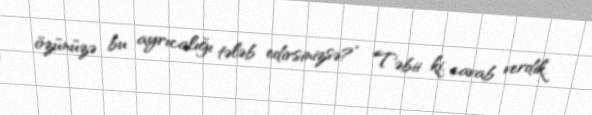
özünüzə bu ayrıcalığı tələb edirsinizsə?” Təbii ki, cavab verdik.